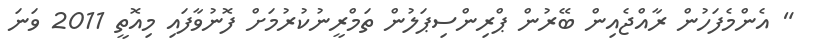
" އެންމެފަހުން ރާއްޖެއިން ބޭރުން ޕްރިންސިޕަލުން ތަމްރީނުކުރުމަށް ފޮނުވާފައި މިއޮތީ 2011 ވަނަ